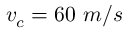
v _ { c } = 6 0 ~ m / s